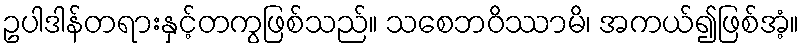
ဥပါဒါန်တရားနှင့်တကွဖြစ်သည်။ သစေဘဝိဿာမိ၊ အကယ်၍ဖြစ်အံ့။